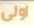
اولى